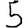
Digit: 5